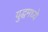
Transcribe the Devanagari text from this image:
युद्धमध्ये